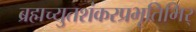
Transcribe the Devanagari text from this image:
ब्रह्मच्युतशंकरप्रभृतिभिर्‌